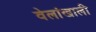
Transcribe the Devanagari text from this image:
वेलांखाली